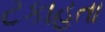
ટકાહતા